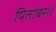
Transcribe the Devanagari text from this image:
पितांबर।।